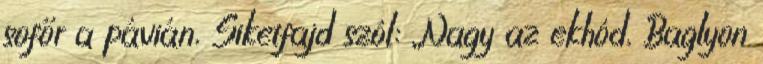
sofőr a pávián, Siketfajd szól: „Nagy az ekhód, Baglyon